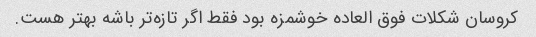
کروسان شکلات فوق العاده خوشمزه بود فقط اگر تازه‌تر باشه بهتر هست.